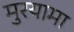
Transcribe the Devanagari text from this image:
मुरयामा